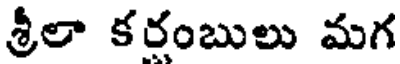
శ్రీలా కరంబులు మగ